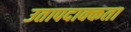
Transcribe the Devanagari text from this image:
उतापदाक्कता